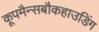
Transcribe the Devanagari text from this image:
कूपमैन्सबौकहाउडिंग